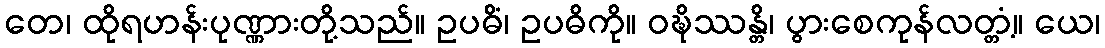
တေ၊ ထိုရဟန်းပုဏ္ဏားတို့သည်။ ဥပဓိံ၊ ဥပဓိကို။ ဝဍ္ဎိဿန္တိ၊ ပွားစေကုန်လတ္တံ့။ ယေ၊